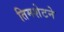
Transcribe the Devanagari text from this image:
तिमशेटने